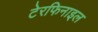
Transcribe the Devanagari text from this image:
टेरफिनाइल